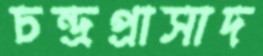
চন্দ্রপ্রাসাদ